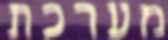
מערכת